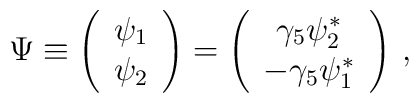
\Psi\equiv\left(\begin{array}{c}\psi_1\\\psi_2\end{array}\right)=\left(\begin{array}{c}\gamma_5\psi_2^*\\-\gamma_5\psi_1^*\end{array}\right)\, ,